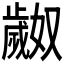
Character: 𬆎